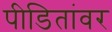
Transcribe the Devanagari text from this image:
पीडितांवर